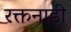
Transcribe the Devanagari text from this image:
रक्तनाड़ी